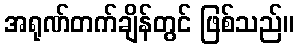
အရုဏ်တက်ချိန်တွင် ဖြစ်သည်။